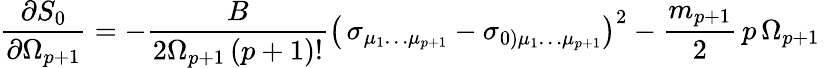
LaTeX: {\frac{\partial S_{0}}{\partial\Omega_{p+1}}}=-{\frac{B}{2\Omega_{p+1}\, (p+1)!}}\left(\, \sigma_{\mu_{1}\dots\mu_{p+1}}-\sigma_{0)\mu_{1}\dots\mu_{p+1}}\right)^{2}-\frac{m_{p+1}}{2}\, p\, \Omega_{p+1}\,